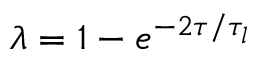
\lambda = 1 - e ^ { - 2 \tau / \tau _ { l } }